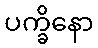
ပက္ခိနော